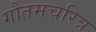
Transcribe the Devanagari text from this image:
गौतमचरित्र